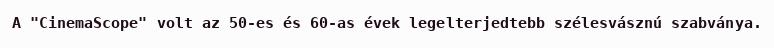
A "CinemaScope" volt az 50-es és 60-as évek legelterjedtebb szélesvásznú szabványa.